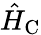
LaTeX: \hat{H}_{\textrm{C}}